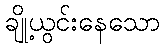
ချို့ယွင်းနေသော